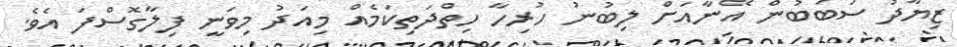
ޒިޔާދު ސަބަބުން އޭނާއަށް ލިބުނު ހުރިހާ ހިތްދަތިކަމެއް މިއަދު މިވަނީ ފިލާގޮސްފަ އެވެ.